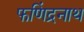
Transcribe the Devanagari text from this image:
फणिंद्रनाथ